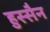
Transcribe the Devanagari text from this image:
हुस्सैन